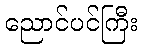
ညောင်ပင်ကြီး